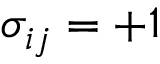
\sigma _ { i j } = + 1